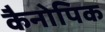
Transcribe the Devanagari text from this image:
कैनोपिक